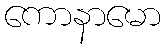
ကောနာမော